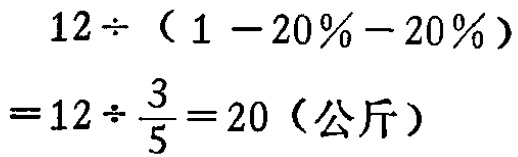
\[

\begin{align*}

&12\div(1 - 20\% - 20\%)\\

=&12\div\frac{3}{5}=20(\text{公斤})

\end{align*}

\]